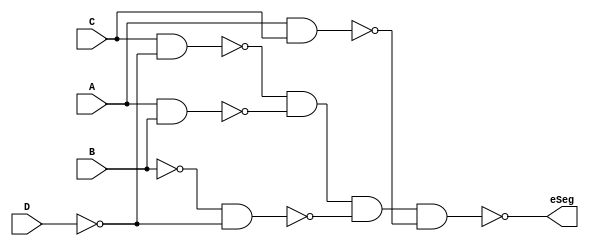
module binaryToESeg
    (
     input  A,B,C,D,
    output eSeg);

    nand #1
	g1(p1,C,~D),
	g2(p2,A,B),
	g3(p3,~B,~D),
	g4(p4,A,C),
	g5(eSeg,p1,p2,p3,p4);
endmodule

module m16
    (output reg[3:0] ctr=1,
     input           clock);

     always @(posedge clock)
	ctr <= ctr+1;
endmodule

module m555
    (output reg clock);

    initial
	#5 clock=1;

    always
	#50 clock= ~ clock;
endmodule

module board;
    wire [3:0]	count;
    wire	clock,eSeg;

    m16		    counter  (count,clock);
    m555	    clockGen (clock);
    binaryToESeg    disp     (count[3],count[2],count[1],count[0],eSeg);

    initial begin
	$dumpvars(0,board);
	#1000 $finish;
    end
endmodule